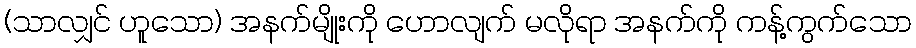
(သာလျှင် ဟူသော) အနက်မျိုးကို ဟောလျက် မလိုရာ အနက်ကို ကန့်ကွက်သော